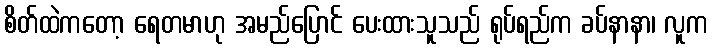
စိတ်ထဲကတော့ ရေတမာဟု အမည်ပြောင် ပေးထားသူသည် ရုပ်ရည်က ခပ်နာနာ၊ လူက